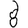
Digit: 8